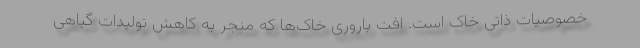
خصوصیات ذاتی خاک است. افت باروری خاک‌ها که منجر به کاهش تولیدات گیاهی